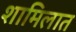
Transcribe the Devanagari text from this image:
शामिलात